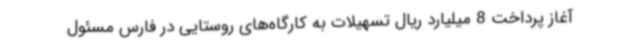
آغاز پرداخت 8 میلیارد ریال تسهیلات به کارگاه‌های روستایی در فارس مسئول